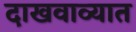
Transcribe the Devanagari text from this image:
दाखवाव्यात